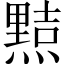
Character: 𭶑